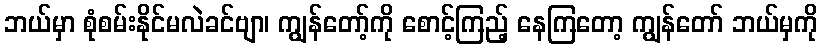
ဘယ်မှာ စုံစမ်းနိုင်မလဲခင်ဗျာ၊ ကျွန်တော့်ကို စောင့်ကြည့် နေကြတော့ ကျွန်တော် ဘယ်မှကို